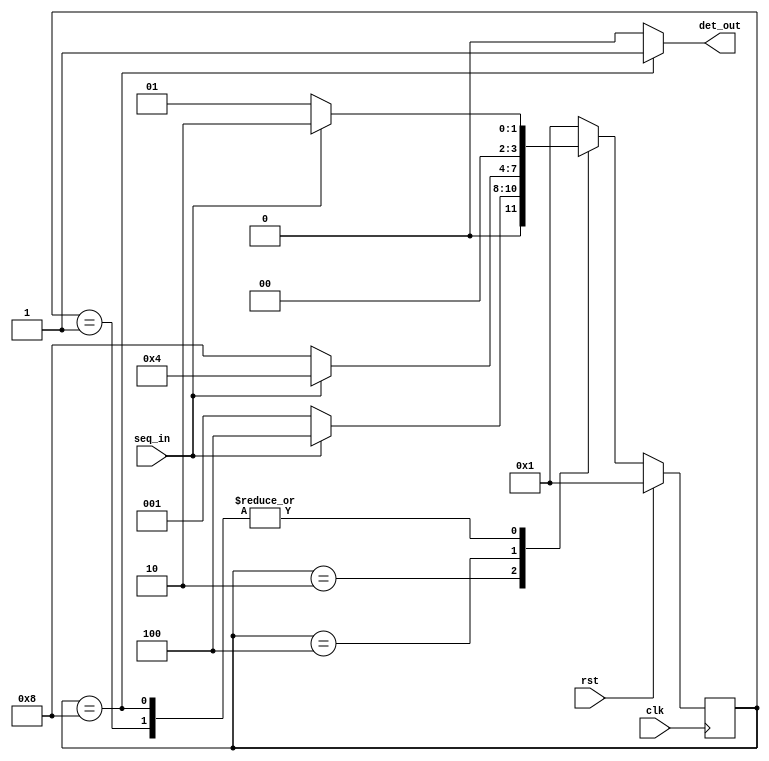
module seq_det (clk, rst, seq_in, det_out);

    input clk, rst, seq_in;
    output det_out;
    parameter IDLE = 4'b0001,
              S0   = 4'b0010,
              S1   = 4'b0100,
              S2   = 4'b1000;
    reg [3:0]current, next;

    always@(posedge clk) //Current state logic
    begin
        if(rst)
            current <= IDLE;
        else
            current <= next;
    end

    always@(current, seq_in) //Next state logic
        begin
            next = IDLE; //Default state
            case ( current )
                IDLE: begin if(seq_in) next = S0; end
                S0:   begin if(seq_in) next = S1; end
                S1:   begin if(~seq_in) next = S2;
                              else next = S1;     end
                S2:   begin if(seq_in) next = S0; end
            endcase
        end
    assign det_out = (current == S2) ? 1:0; //Output logic
endmodule